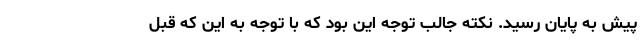
پیش به پایان رسید. نکته جالب توجه این بود که با توجه به این که قبل